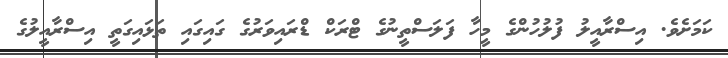
ކަމަށެވެ. އިސްރާއީލު ފުލުހުންގެ މީހާ ފަލަސްތީނުގެ ޓްރަކް ޑްރައިވަރުގެ ގައިގައި ތަޅައިގަތީ އިސްރާއީލުގެ